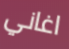
اغاني